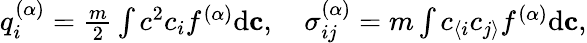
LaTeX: \begin{array}{r}{q_{i}^{(\alpha)}=\frac{m}{2}\int c^{2}c_{i}f^{(\alpha)}\textrm{d}\mathbf c,\quad\sigma_{ij}^{(\alpha)}=m\int c_{\langle i}c_{j\rangle}f^{(\alpha)}\textrm{d}\mathbf c,}\end{array}